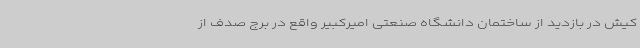
کیش در بازدید از ساختمان دانشگاه صنعتی امیرکبیر واقع در برج صدف از